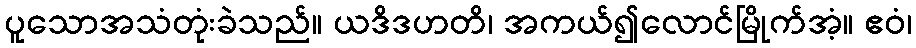
ပူသောအသံတုံးခဲသည်။ ယဒိဒဟတိ၊ အကယ်၍လောင်မြိုက်အံ့။ ဧဝံ၊